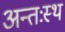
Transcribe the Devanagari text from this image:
अन्तःस्थ